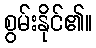
စွမ်းနိုင်၏။